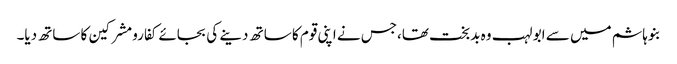
بنوہاشم میں سے ابو لہب وہ بدبخت تھا،جس نے اپنی قوم کا ساتھ دینے کی بجائے کفارومشرکین کا ساتھ دیا۔